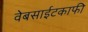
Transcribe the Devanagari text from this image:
वेबसाईटकाफी